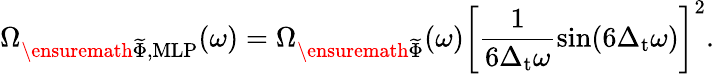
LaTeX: \Omega_{\ensuremath{\widetilde{\Phi}},\mathrm{MLP}}(\omega)=\Omega_{\ensuremath{\widetilde{\Phi}}}(\omega)\left[\frac{1}{6\Delta_{\mathrm{t}}\omega}\mathrm{sin}(6\Delta_{\mathrm{t}}\omega)\right]^{2}.